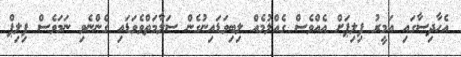
އެހާދިސާގައި އަމީރު ފިލިޕަށް އެއްވެސް ގެއްލުމެއް ލިބިވަޑައިނުގެން ސަލާމަތްވެވަޑައި ގެންނެވި ނަމަވެސް ފިލިޕް